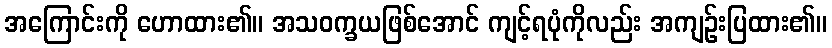
အကြောင်းကို ဟောထား၏။ အသဝက္ခယဖြစ်အောင် ကျင့်ရပုံကိုလည်း အကျဉ်းပြထား၏။